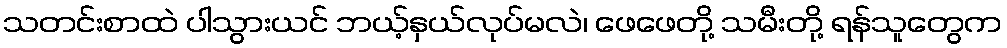
သတင်းစာထဲ ပါသွားယင် ဘယ့်နှယ်လုပ်မလဲ၊ ဖေဖေတို့ သမီးတို့ ရန်သူတွေက